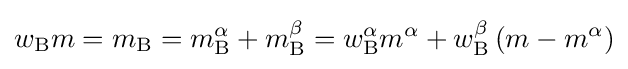
w_{\rm {B}}m=m_{\rm {B}}=m_{\rm {B}}^{\alpha }+m_{\rm {B}}^{\beta }=w_{\rm {B}}^{\alpha }m^{\alpha }+w_{\rm {B}}^{\beta }\left(m-m^{\alpha }\right)